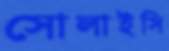
সোলাইসি